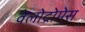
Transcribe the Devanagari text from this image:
वेलोद्रोमेस